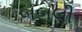
બબલી